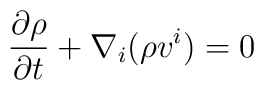
\frac{\partial \rho }{\partial t}+\nabla _i(\rho v^i)=0